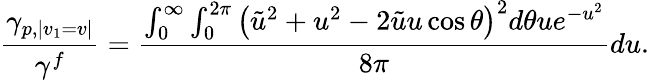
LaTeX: \frac{\gamma_{p,|v_{1}=v|}}{\gamma^{f}}=\frac{\int_{0}^{\infty}\int_{0}^{2\pi}\left(\tilde{u}^{2}+u^{2}-2\tilde{u}u\cos\theta\right)^{2}d\theta ue^{-u^{2}}}{8\pi}du.